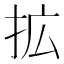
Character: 拡